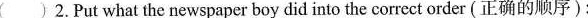
( )2.Put what the newspaper boy did into the correct order(正确的顺序)：